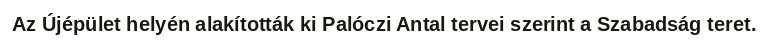
Az Újépület helyén alakították ki Palóczi Antal tervei szerint a Szabadság teret.